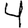
Digit: 4